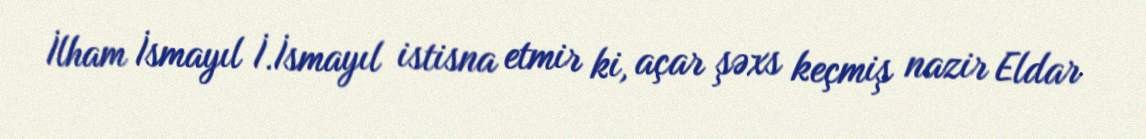
İlham İsmayıl İ.İsmayıl istisna etmir ki, açar şəxs keçmiş nazir Eldar